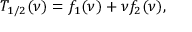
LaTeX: T _ { 1 / 2 } ( \nu ) = f _ { 1 } ( \nu ) + { \nu } f _ { 2 } ( \nu ) ,